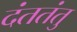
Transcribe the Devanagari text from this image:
दंततंतु